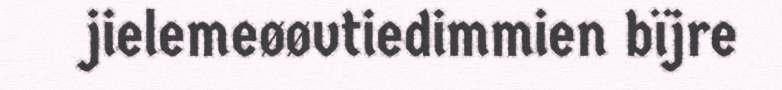
jielemeøøvtiedimmien bïjre